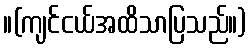
။(ကျင်ငယ်အထိသာပြသည်။)